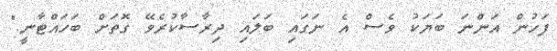
ފަހުން އަންނަ ބަޔަކު ވެސް އެ ނަގައި ބަލައި ދިރާސާކުރެވޭ ގޮތަށް ބަހައްޓާނީ."